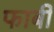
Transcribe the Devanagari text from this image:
फाबी